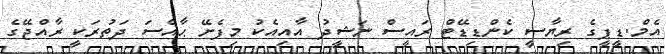
އެމް.ޑީޕީގެ ރިޔާސީ ކެންޑިޑޭޓް ރައީސް ނަޝީދު އާއިއެކު މިފެށޭ ޙާއްސަ ދަތުރަކީ ރާއްޖޭގެ